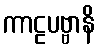
ကာဠပဗ္ဗာနိ